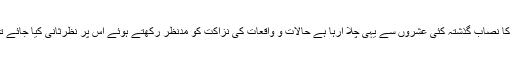
الف) جامعہ کا نصاب گذشتہ کئی عشروں سے یہی چلا آرہا ہے حالات و واقعات کی نزاکت کو مدنظر رکھتے ہوئے اس پر نظرثانی کیا جائے تو بہتر ہوگا۔